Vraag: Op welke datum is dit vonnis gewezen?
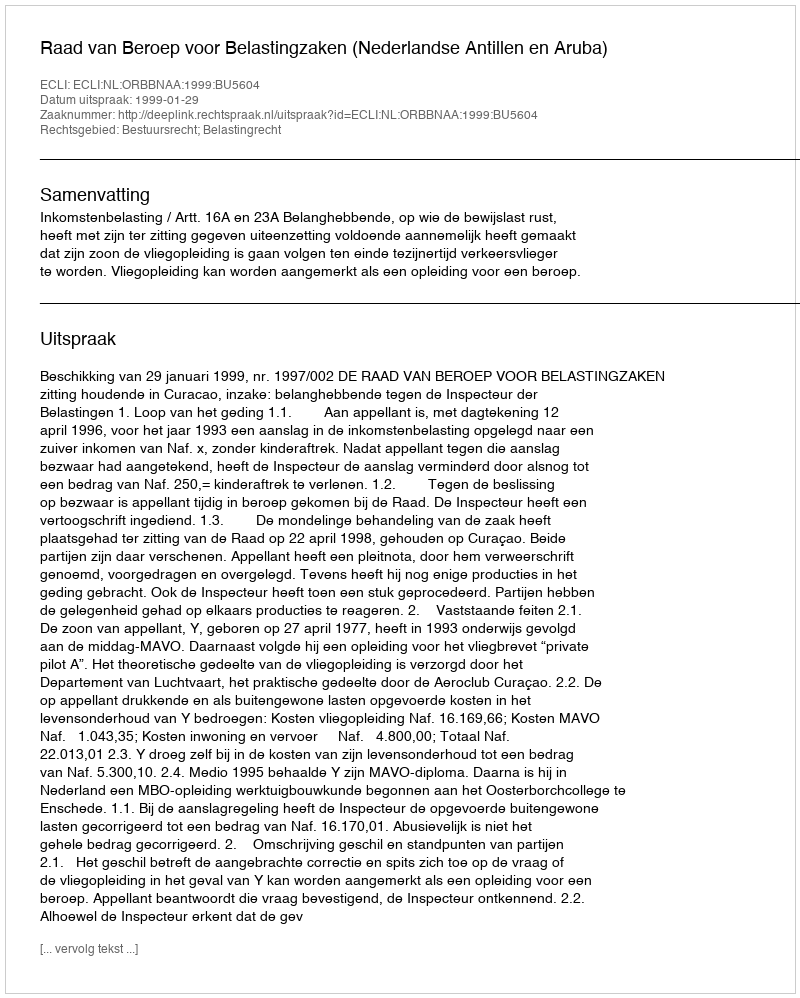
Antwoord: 1999-01-29